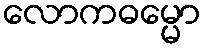
လောကဓမ္မော